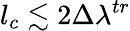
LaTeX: l_{c}\lesssim 2\Delta\lambda^{tr}